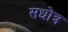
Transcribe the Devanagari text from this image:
सधोत्र